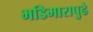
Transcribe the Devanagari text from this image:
भडिमारापुढे